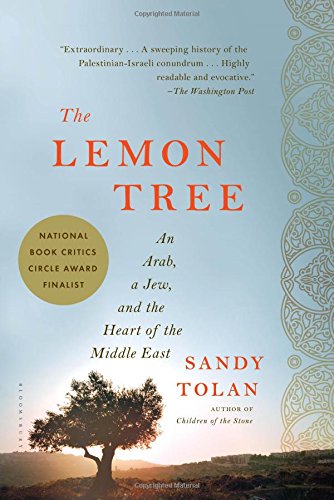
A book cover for The Lemon Tree: An Arab, a Jew, and the Heart of the Middle East; Sandy Tolan; Biographies & Memoirs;